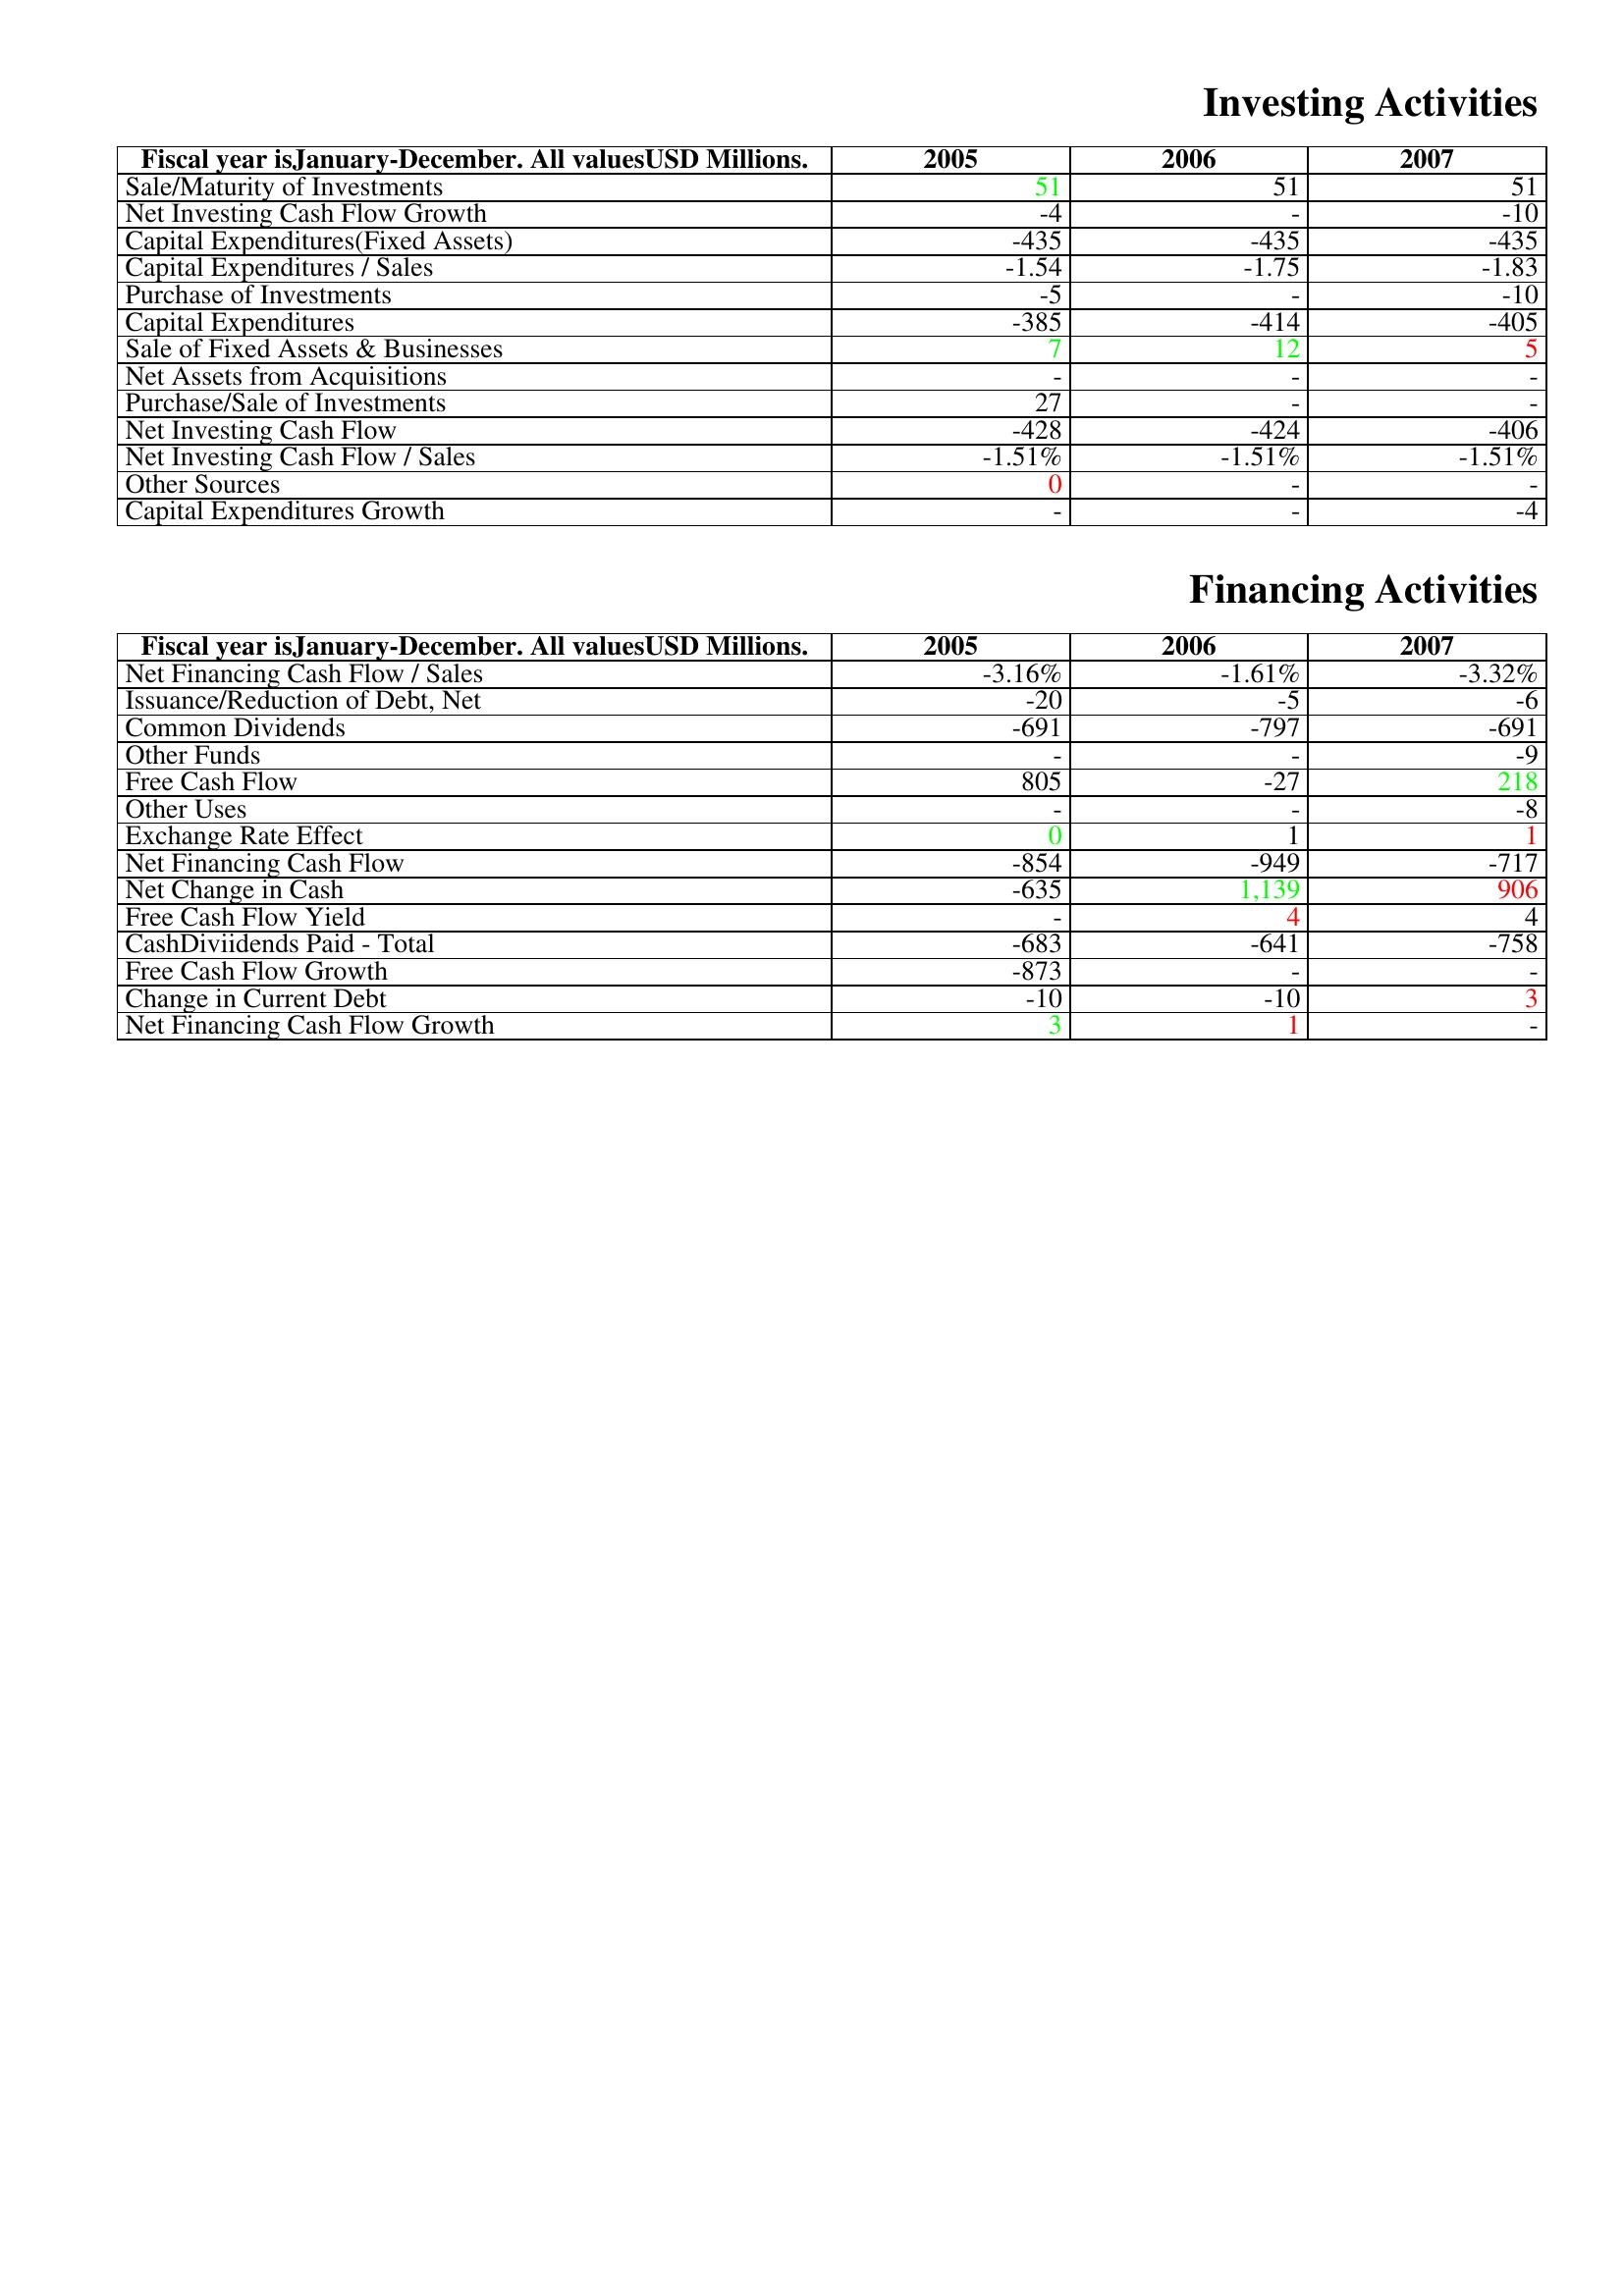
gt_parse: 2005: Investing Activities: Sale/Maturity of Investments: 51
Net Investing Cash Flow Growth: -4
Capital Expenditures(Fixed Assets): -435
Capital Expenditures / Sales: -1.54
Purchase of Investments: -5
Capital Expenditures: -385
Sale of Fixed Assets & Businesses: 7
Net Assets from Acquisitions: -
Purchase/Sale of Investments: 27
Net Investing Cash Flow: -428
Net Investing Cash Flow / Sales: -1.51%
Other Sources: 0
Capital Expenditures Growth: -
Financing Activities: Net Financing Cash Flow / Sales: -3.16%
Issuance/Reduction of Debt, Net: -20
Common Dividends: -691
Other Funds: -
Free Cash Flow: 805
Other Uses: -
Exchange Rate Effect: 0
Net Financing Cash Flow: -854
Net Change in Cash: -635
Free Cash Flow Yield: -
CashDiviidends Paid - Total: -683
Free Cash Flow Growth: -873
Change in Current Debt: -10
Net Financing Cash Flow Growth: 3
2006: Investing Activities: Sale/Maturity of Investments: 51
Net Investing Cash Flow Growth: -
Capital Expenditures(Fixed Assets): -435
Capital Expenditures / Sales: -1.75
Purchase of Investments: -
Capital Expenditures: -414
Sale of Fixed Assets & Businesses: 12
Net Assets from Acquisitions: -
Purchase/Sale of Investments: -
Net Investing Cash Flow: -424
Net Investing Cash Flow / Sales: -1.51%
Other Sources: -
Capital Expenditures Growth: -
Financing Activities: Net Financing Cash Flow / Sales: -1.61%
Issuance/Reduction of Debt, Net: -5
Common Dividends: -797
Other Funds: -
Free Cash Flow: -27
Other Uses: -
Exchange Rate Effect: 1
Net Financing Cash Flow: -949
Net Change in Cash: 1,139
Free Cash Flow Yield: 4
CashDiviidends Paid - Total: -641
Free Cash Flow Growth: -
Change in Current Debt: -10
Net Financing Cash Flow Growth: 1
2007: Investing Activities: Sale/Maturity of Investments: 51
Net Investing Cash Flow Growth: -10
Capital Expenditures(Fixed Assets): -435
Capital Expenditures / Sales: -1.83
Purchase of Investments: -10
Capital Expenditures: -405
Sale of Fixed Assets & Businesses: 5
Net Assets from Acquisitions: -
Purchase/Sale of Investments: -
Net Investing Cash Flow: -406
Net Investing Cash Flow / Sales: -1.51%
Other Sources: -
Capital Expenditures Growth: -4
Financing Activities: Net Financing Cash Flow / Sales: -3.32%
Issuance/Reduction of Debt, Net: -6
Common Dividends: -691
Other Funds: -9
Free Cash Flow: 218
Other Uses: -8
Exchange Rate Effect: 1
Net Financing Cash Flow: -717
Net Change in Cash: 906
Free Cash Flow Yield: 4
CashDiviidends Paid - Total: -758
Free Cash Flow Growth: -
Change in Current Debt: 3
Net Financing Cash Flow Growth: -